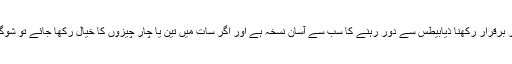
خون میں شکر یا گلوکوز کی مناسب مقدار برقرار رکھنا ذیابیطس سے دور رہنے کا سب سے آسان نسخہ ہے اور اگر سات میں تین یا چار چیزوں کا خیال رکھا جائے تو شوگر کا خطرہ ازخود 80 فیصد ٹل سکتا ہے۔